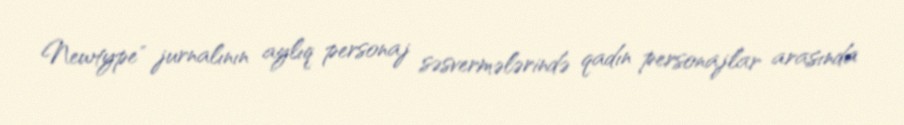
Newtype" jurnalının aylıq personaj səsvermələrində qadın personajlar arasında